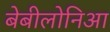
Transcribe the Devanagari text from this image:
बेबीलोनिआ